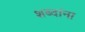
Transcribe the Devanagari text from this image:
शब्‍दांना